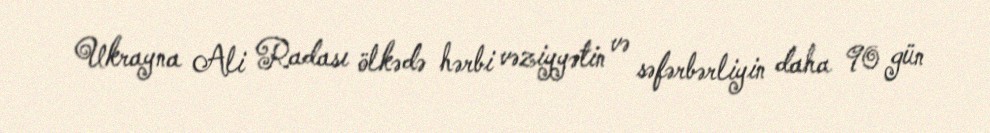
Ukrayna Ali Radası ölkədə hərbi vəziyyətin və səfərbərliyin daha 90 gün